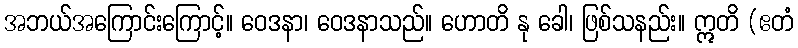
အဘယ်အကြောင်းကြောင့်။ ဝေဒနာ၊ ဝေဒနာသည်။ ဟောတိ နု ခေါ၊ ဖြစ်သနည်း။ ဣတိ (ဧတံ